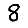
Digit: 8